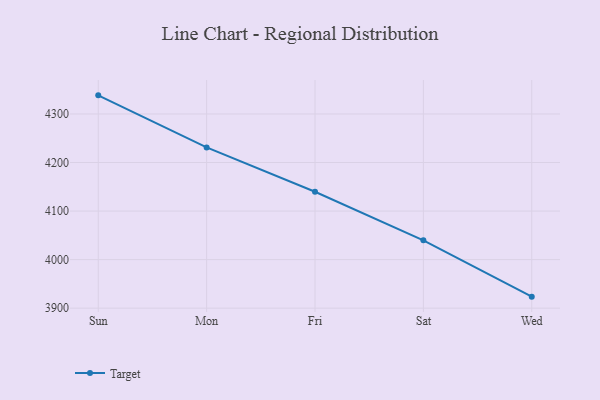
{"axis": {"x": "Day", "y": "Humidity (%)"}, "legend": ["Target"], "data": [{"x": "Sun", "y": 4338.4, "type": "Target"}, {"x": "Mon", "y": 4231.1, "type": "Target"}, {"x": "Fri", "y": 4139.8, "type": "Target"}, {"x": "Sat", "y": 4039.8, "type": "Target"}, {"x": "Wed", "y": 3923.7, "type": "Target"}]}